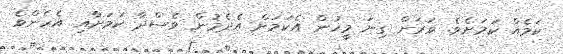
ކަމެއް ކަމަށެވެ. ވަރަށް ގިނަ މީހުން އެކަމަށް އެދެމުން ވެސްދާ ކަމަށާއި އެހެންވެ